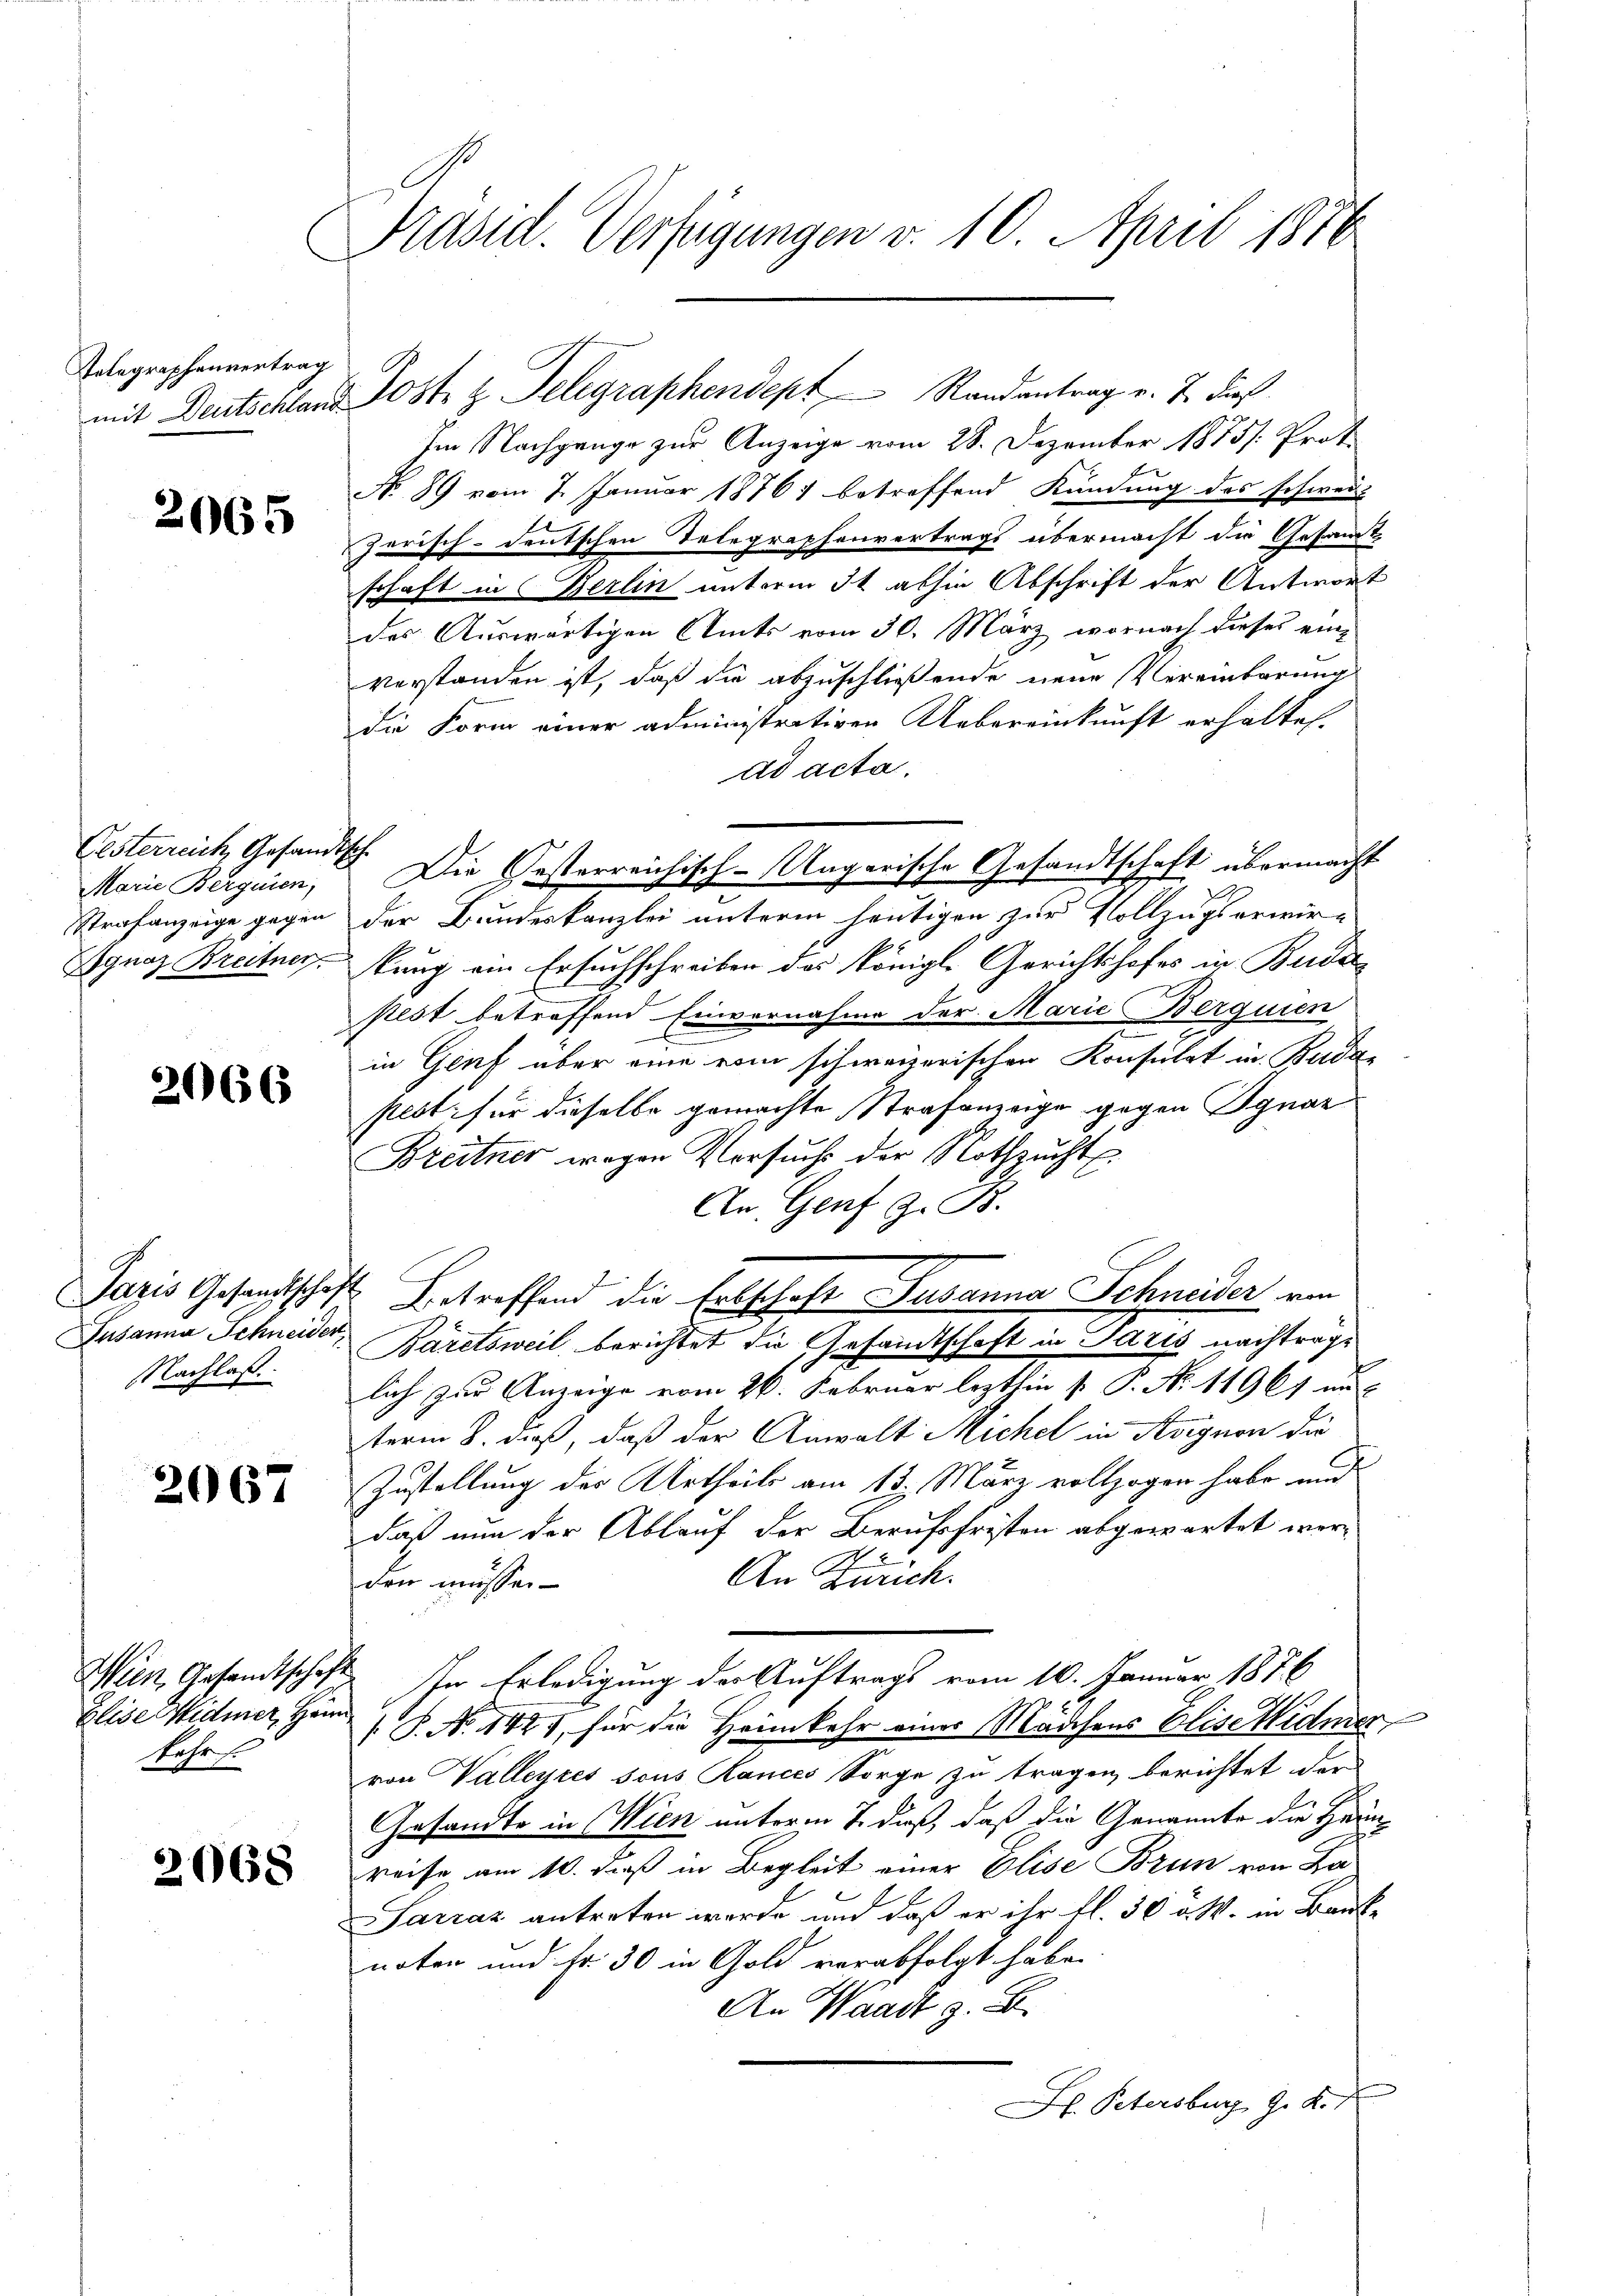
Telegraphenvertrag
mit Deutschland.

2065

Oesterreich, Gesandtsch
Marie Berquien,
Strafanzeige gegen
Ignaz Breitner.

2066

Paris Gesandtschaf
Jusanna Schneider
Nachlaß.

2067

Elise Widmer, Heim
Fehr f

2068

Präsid. Verfügungen v. 10. April 1856

Jost z. Telegraphendept Randantrag v. J. dieß
Im Nachgange zur Anzeige vom 28. Dezember 1875. Prot.
No. 89 vom 7. Januar 1876 betreffend Kündung des schwei
zerisch-deutschen Telegraphenvertrags übermacht die Gesandt
schaft in Berlin unterm 3t abhin Abschrift der Antwort
des Auswärtigen Amts vom 30. März wornach dieses einverstanden ist, daß die abzuschließende neue Vereinbarung
die Form einer administrativen Uebereinkunft erhaltet.
ad acta.
Die Gesterreichisch-Ungarische Gesandtschaft übermacht
der Bundeskanzlei unterm heutigen zur Vollzugs erwir-
kung ein Ersuchschreiben des Königl. Gerichtshofes in Bude
pest betreffend Einvernahme der Marie Berquien
in Genf aber eine vom schweizerischen Konsulat in Budapest, für dieselbe gemachte Strafanzeige gegen Ignaz
Breitner wegen Versuchs der Nothzucht
An. Genf z. B.
Betreffend die Erbschaft Susanna Schneider von
Bäretsweil berichtet die Gesandtschaft in Paris nachtrage
lich zur Anzeige vom 26. Februar lezthin  P. Nr. 11961 au
term 8. daß, daß der Anwalt Michel in Aignen die
Zustellung des Urtheils am 13. März vollzogen habe und
daß nun der Ablauf der Berufsfristen abgewartet wer¬
7
An Zürich.
den müssen
Wien Gesandtschaft. In Erledigung der Auftrags vom 10. Januar 1876
 P. No 1421, für die Heimkehr einer Mädchens Elise Widmer
von Valleyres sous Rances Sorge zu tragen berichtet der
Gesandte in Wien unterm 7. dieß, daß die Genannte die Heim
reise am 10. daß in Begleit einer Elise Brun von Ba
Sarraz antreten werde und daß er ihr fl. 30 v. M. in Bank-
noten und Fr. 30 in Gold verabfolgt habe.
An Waadt z. B.
. Petersburg G. K.